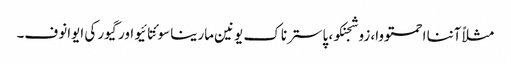
مثلاً آننا احمتووا، زوشجنکو، پاسترناک یونین مارینا سوئتا ئیو اور گیور کی ایوانوف۔